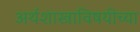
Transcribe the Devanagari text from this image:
अर्थशास्त्राविषयीच्या